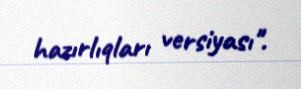
hazırlıqları versiyası".